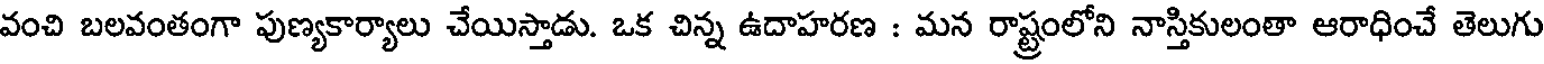
వంచి బలవంతంగా పుణ్యకార్యాలు చేయిస్తాడు. ఒక చిన్న ఉదాహరణ : మన రాష్ట్రంలోని నాస్తికులంతా ఆరాధించే తెలుగు